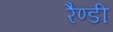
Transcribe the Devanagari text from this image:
रैण्डी